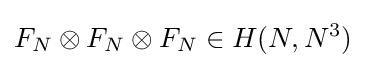
F_{N}\otimes F_{N}\otimes F_{N}\in H(N,N^{3})